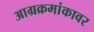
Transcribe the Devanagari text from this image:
आग्रक्रमांकावर